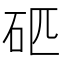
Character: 𥐵